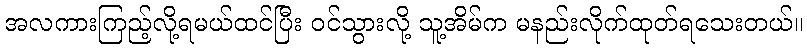
အလကားကြည့်လို့ရမယ်ထင်ပြီး ဝင်သွားလို့ သူ့အိမ်က မနည်းလိုက်ထုတ်ရသေးတယ်။